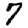
Digit: 7